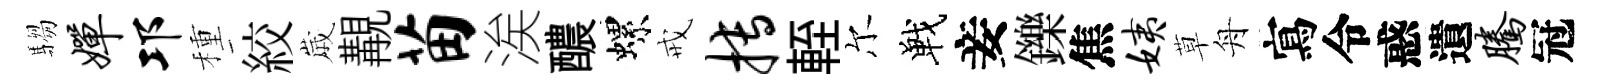
騶婵邛種絞𡻕覯苗涘醲螺戒搏輊尔戰妾鑠焦姨草舟寫令惑遺腾冠